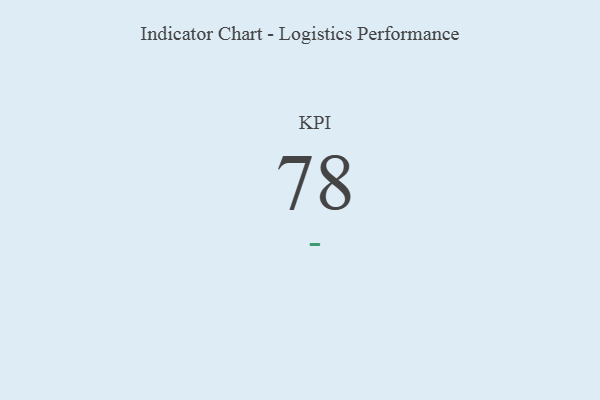
{"axis": {"x": "KPI", "y": "Value"}, "legend": [""], "data": [{"x": "KPI", "y": 78, "type": ""}]}